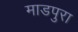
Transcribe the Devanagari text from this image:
माडपुरा